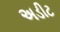
અડીટ